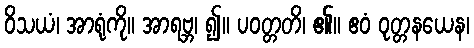
ဝိသယံ၊ အာရုံကို။ အာရဗ္ဘ၊ ၍။ ပဝတ္တတိ၊ ၏။ ဧဝံ ဝုတ္တနယေန၊